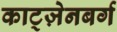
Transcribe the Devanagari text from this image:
काट्ज़ेनबर्ग